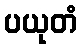
ပယုတံ